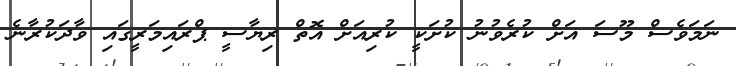
ނަމަވެސް މޫސަ އަށް ކުރެވުނު ކުށަކީ ކުރިއަށް އޮތް ރިޔާސީ ޕްރައިމަރީގައި ވާދަކުރާނެ